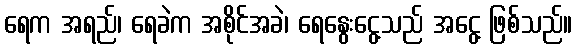
ရေက အရည်၊ ရေခဲက အစိုင်အခဲ၊ ရေနွေးငွေ့သည် အငွေ့ ဖြစ်သည်။